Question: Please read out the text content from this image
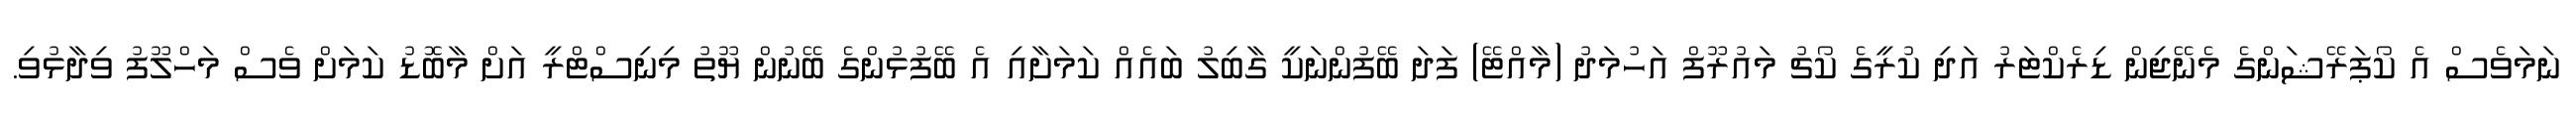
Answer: ނަމަވެސް އެ ކޯޕަރޭޝަންގެ މެނޭޖިން ޑިރެކްޓަރު އަދި ކުރީގެ ކޯޗު މައުރޫފް އަހުމަދު (މާއްޓޭ) ފަދަ ބޭފުންނަކީ ގާބިލު ބައެއް ކަމަށާއި އެ ބޭފުޅުންގެ ބޭނުން ޔޫތު މިނިސްޓްރީ އަށް މާބޮޑު ކަމަށް ވެސް މަހްލޫފު ވިދާޅުވި.